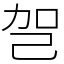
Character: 㠰